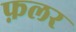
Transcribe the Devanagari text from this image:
फ़लर